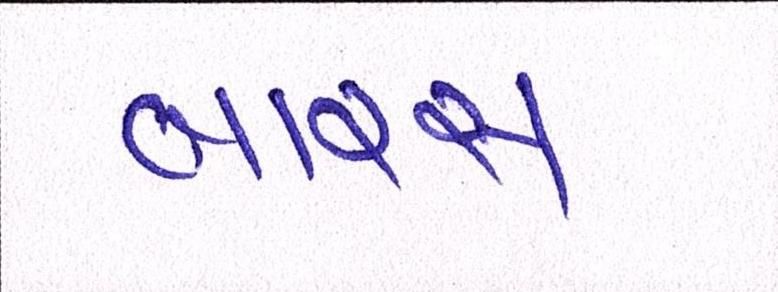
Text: બારસ